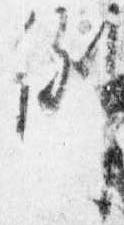
例